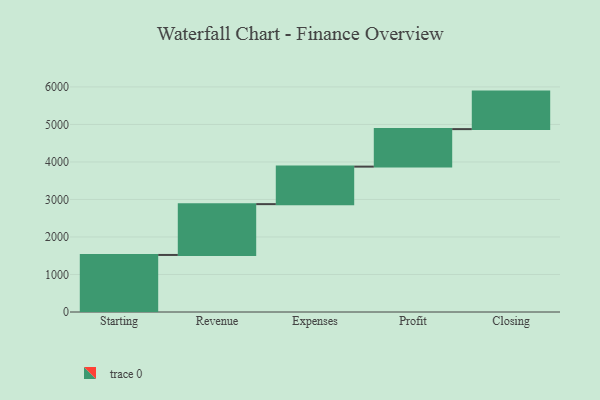
{"axis": {"x": "Step", "y": "Value"}, "legend": [""], "data": [{"x": "Starting", "y": 1521.0, "type": ""}, {"x": "Revenue", "y": 1355.0, "type": ""}, {"x": "Expenses", "y": 1000, "type": ""}, {"x": "Profit", "y": 1000, "type": ""}, {"x": "Closing", "y": 1000, "type": ""}]}